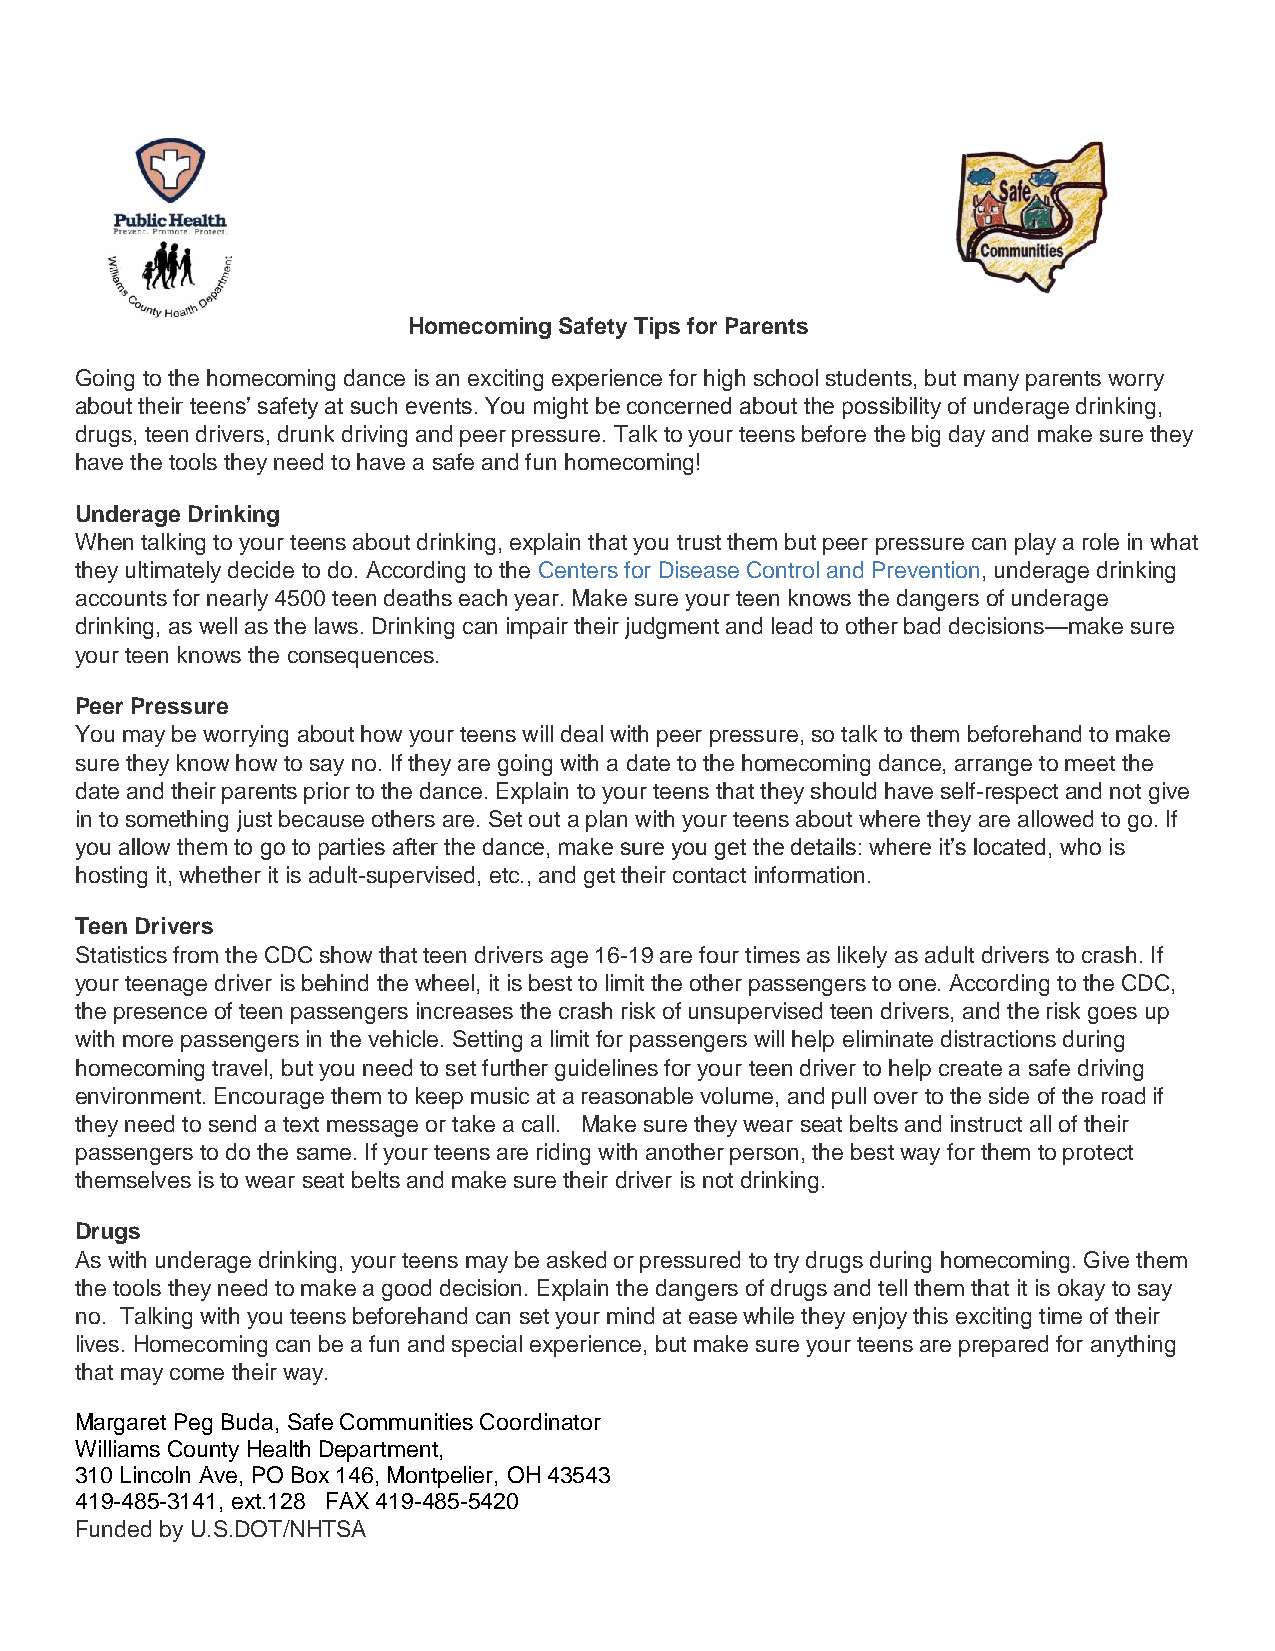
Homecoming Safety Tips for Parents
 Going to the homecoming dance is an exciting experience for high school students, but many parents worry
 about their teens’ safety at such events. You might be concerned about the possibility of underage drinking,
 drugs, teen drivers, drunk driving and peer pressure. Talk to your teens before the big day and make sure they
 have the tools they need to have a safe and fun homecoming!
 Underage Drinking
 When talking to your teens about drinking, explain that you trust them but peer pressure can play a role in what
 they ultimately decide to do. According to the Centers for Disease Control and Prevention, underage drinking
 accounts for nearly 4500 teen deaths each year. Make sure your teen knows the dangers of underage
 drinking, as well as the laws. Drinking can impair their judgment and lead to other bad decisions—make sure
 your teen knows the consequences.
 Peer Pressure
 You may be worrying about how your teens will deal with peer pressure, so talk to them beforehand to make
 sure they know how to say no. If they are going with a date to the homecoming dance, arrange to meet the
 date and their parents prior to the dance. Explain to your teens that they should have self-respect and not give
 in to something just because others are. Set out a plan with your teens about where they are allowed to go. If
 you allow them to go to parties after the dance, make sure you get the details: where it’s located, who is
 hosting it, whether it is adult-supervised, etc., and get their contact information.
 Teen Drivers
 Statistics from the CDC show that teen drivers age 16-19 are four times as likely as adult drivers to crash. If
 your teenage driver is behind the wheel, it is best to limit the other passengers to one. According to the CDC,
 the presence of teen passengers increases the crash risk of unsupervised teen drivers, and the risk goes up
 with more passengers in the vehicle. Setting a limit for passengers will help eliminate distractions during
 homecoming travel, but you need to set further guidelines for your teen driver to help create a safe driving
 environment. Encourage them to keep music at a reasonable volume, and pull over to the side of the road if
 they need to send a text message or take a call. Make sure they wear seat belts and instruct all of their
 passengers to do the same. If your teens are riding with another person, the best way for them to protect
 themselves is to wear seat belts and make sure their driver is not drinking.
 Drugs
 As with underage drinking, your teens may be asked or pressured to try drugs during homecoming. Give them
 the tools they need to make a good decision. Explain the dangers of drugs and tell them that it is okay to say
 no. Talking with you teens beforehand can set your mind at ease while they enjoy this exciting time of their
 lives. Homecoming can be a fun and special experience, but make sure your teens are prepared for anything
 that may come their way.
 Margaret Peg Buda, Safe Communities Coordinator
 Williams County Health Department,
 310 Lincoln Ave, PO Box 146, Montpelier, OH 43543
 419-485-3141, ext.128 FAX 419-485-5420
 Funded by U.S.DOT/NHTSA